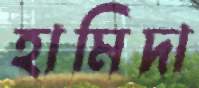
হামিদা